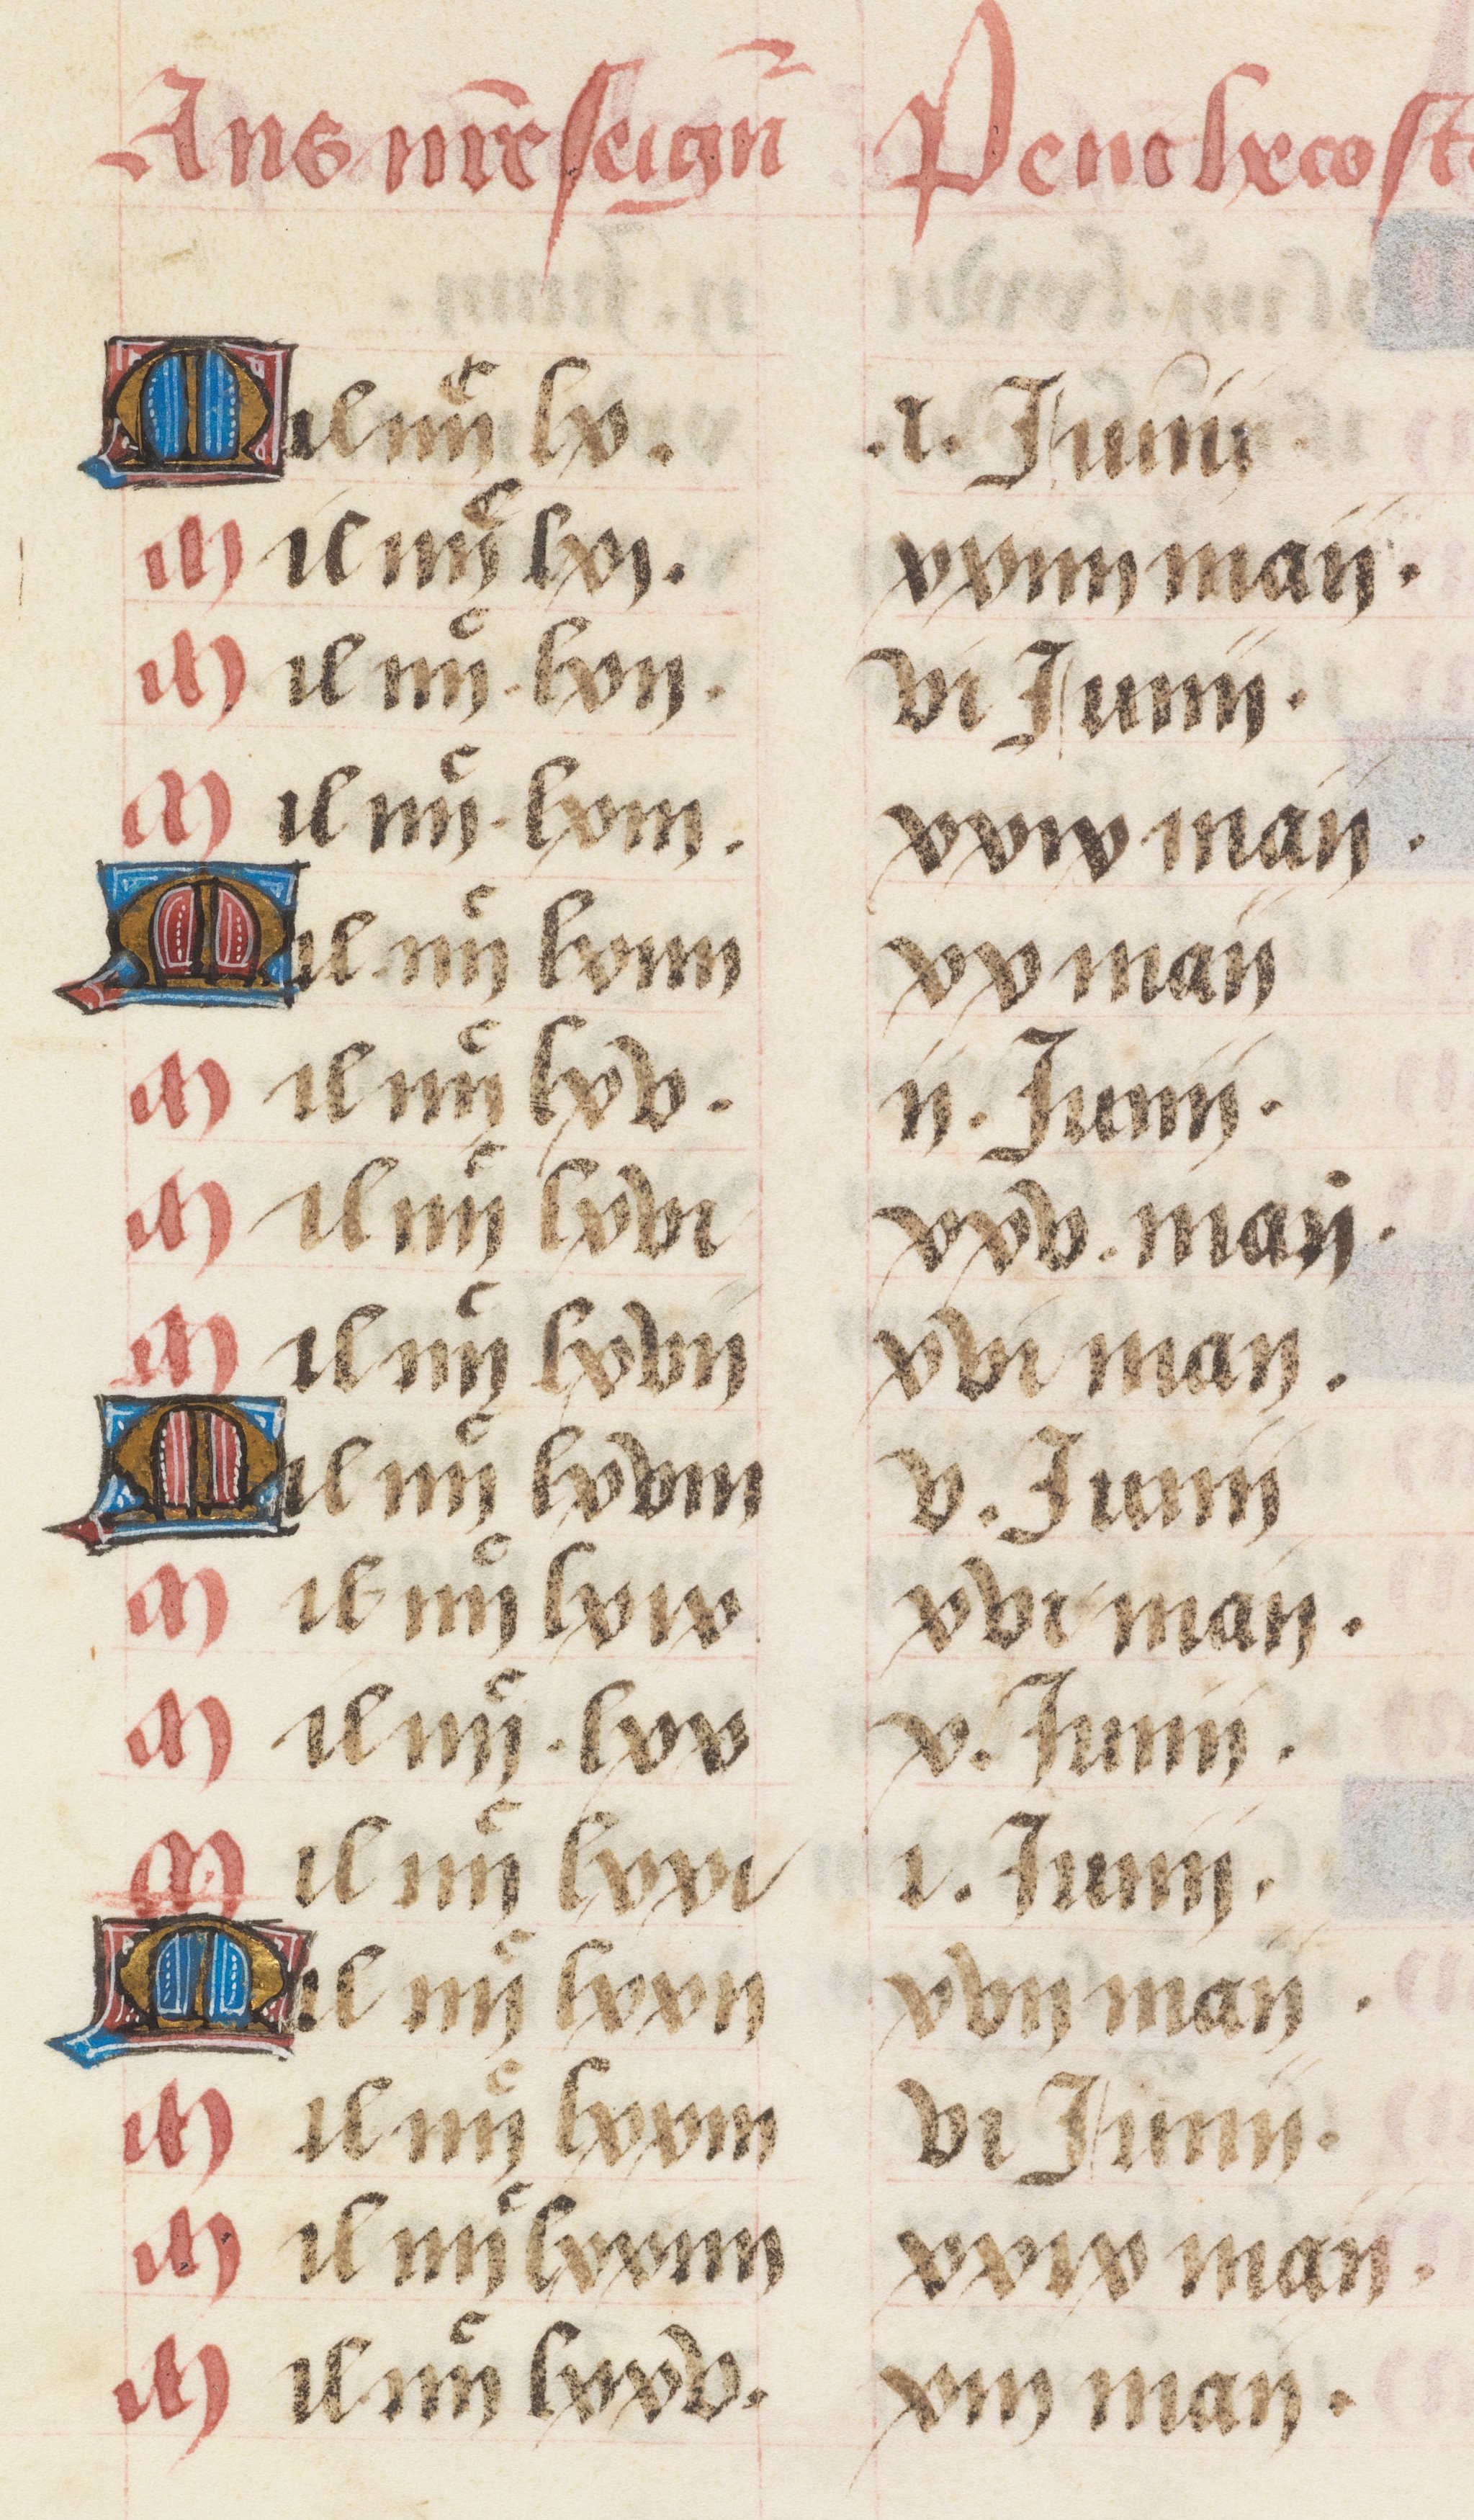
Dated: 1458–1460